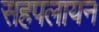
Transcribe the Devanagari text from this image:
सहपलायन